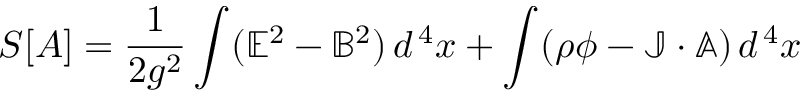
S [ A ] = { \frac { 1 } { 2 g ^ { 2 } } } \int ( \mathbb { E } ^ { 2 } - \mathbb { B } ^ { 2 } ) \, d ^ { \, 4 } x + \int ( \rho \phi - \mathbb { J } \cdot \mathbb { A } ) \, d ^ { \, 4 } x